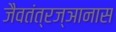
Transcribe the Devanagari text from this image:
जैवतंत्रज्ञानास